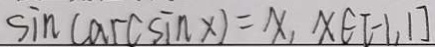
\sin ( \arcsin x ) = x , x \in [ - 1 , 1 ]